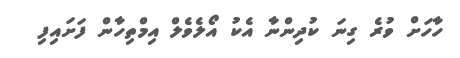
ހާހަށް ވުރެ ގިނަ ކުދިންނާ އެކު އޯލެވެލް އިމްތިހާން ފަށައިފި